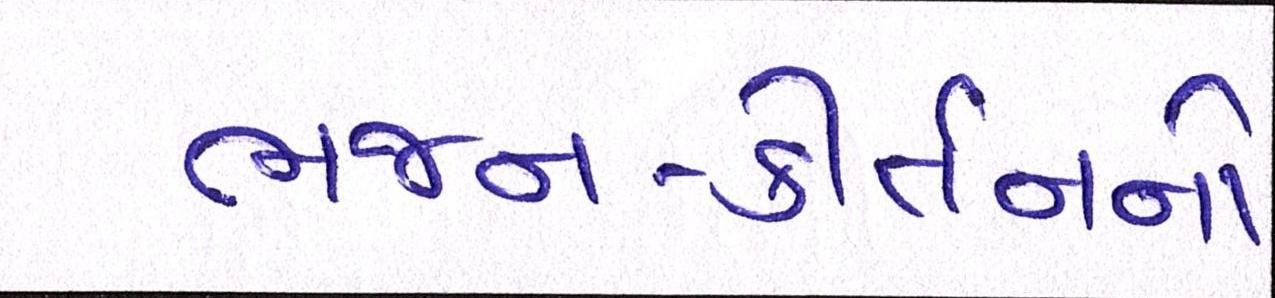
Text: ભજન-કીર્તનનો